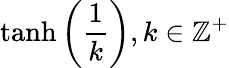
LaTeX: \operatorname{tanh}\left({\frac{1}{k}}\right),k\in\mathbb{Z}^{+}